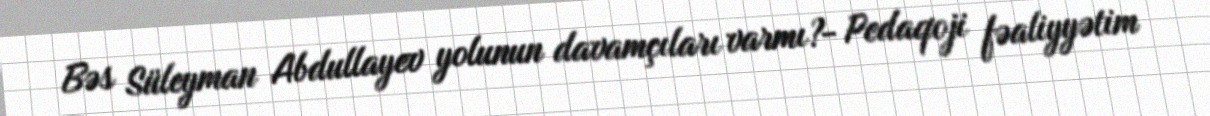
Bəs Süleyman Abdullayev yolunun davamçıları varmı?- Pedaqoji fəaliyyətim